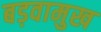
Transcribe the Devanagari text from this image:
बड़वामुख